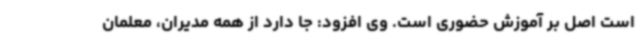
است اصل بر آموزش حضوری است. وی افزود: جا دارد از همه مدیران، معلمان